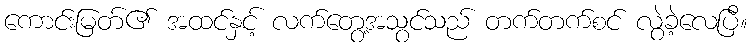
ကောင်းမြတ်၏ အထင်နှင့် လက်တွေ့အသွင်သည် တက်တက်စင် လွဲခဲ့လေပြီ။